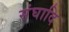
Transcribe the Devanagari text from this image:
संघादि